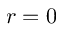
r = 0